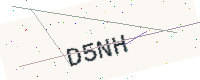
Text: D5NH